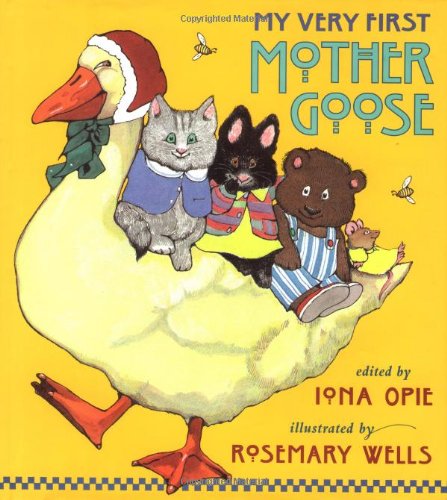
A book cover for My Very First Mother Goose; Iona Opie; Children's Books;